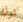
نوك